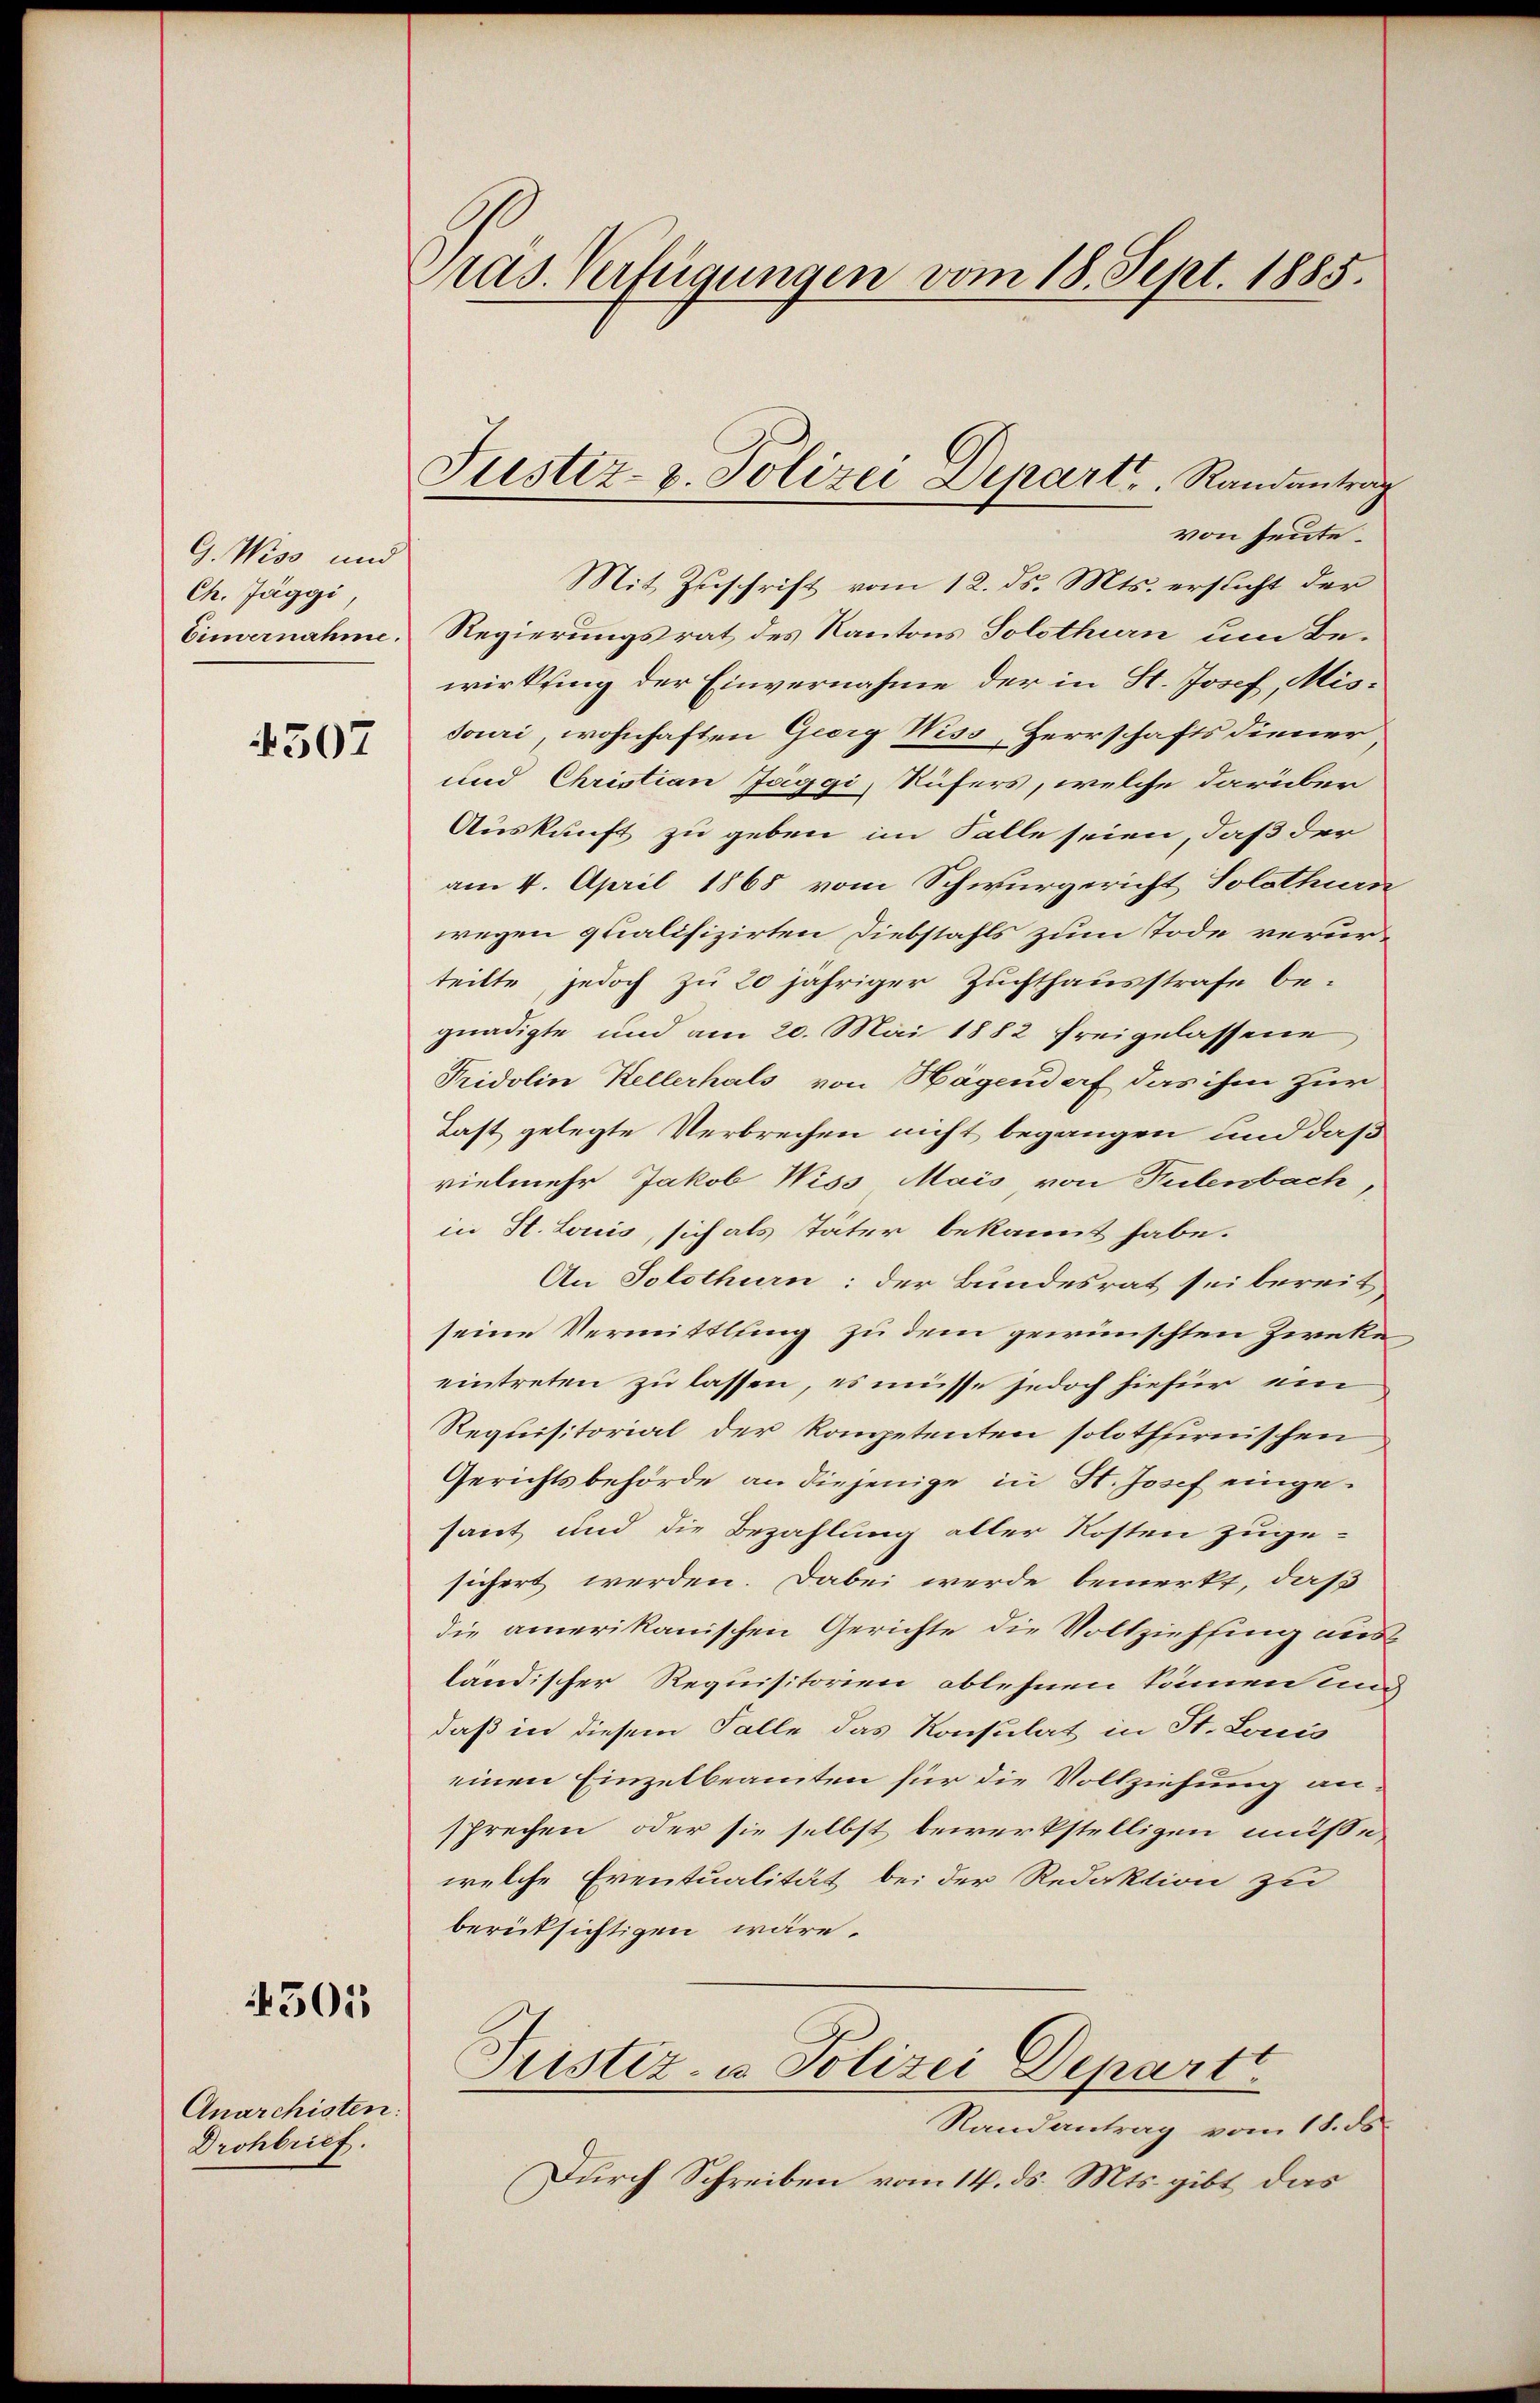
G. Wiso und
Ch. Jäggi
Einvernahme.

4507

4301

Anarchisten.
Drohbrief.

Pras. Verfügungen vom 18. Sept. 1885.

Justiz- & Polizei Depart. Randantrag

von heute.
Mit Zuschrift vom 12. ds. Mts. ersucht der
Regierungsrat des Kantons Solothurn um Bewirkling der Einvernahme der in St. Josef, Missouri, wohnhaften Georg Wiss, Herrschafts diener
und Christian Jaggi, Rüfers, welche darüber
Auskunft zu geben im Falle seien, daß der
am 4. April 1865 vom Schwurgericht Solothurn
wegen qualifizirten Diebstahls zum Tode verurteilte jedoch zu 20 jähriger Zuchthausstrafe begnadigte und am 20. Mai 1882 freigelassene
Pridolin Kellerhals von Hagendorf das ihm zur
Last gelegte Verbrechen nicht begangen und daß
vielmehr Jakob Wiss Mais, von Fulenbach
in St. Louis, sich als Täter bekannt habe.
An Solothurn: der Bundesrat sei bereit
seine Vermittlung zu dem gewünschten Zwecke
eintreten zu lassen, es müsse jedoch hiefür ein
Requisitorial der Kompetenten solothurnischen
Gerichtsbehörde an diejenige in St. Josef eingesaut und die Bezahlung aller Kosten zuge-
sichert werden. Dabei werde bemerkt, daß
die amerikanischen Gerichte die Vollziehung ausländischer Requisitorien ablehnen können un
daß in diesem Falle das Konsulat in St. Louis
einen Einzelbeamten für die Vollziehung ansprechen, oder sie selbst bewerkstelligen müsse,
welche Eventualität bei der Redaktion zu
berücksichtigen wäre.
Justiz- u Polizei Depart
Randantrag vom 18. ds
Durch Schreiben vom 14. ds. Mts. gibt, das